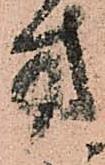
方